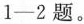
1-2题。